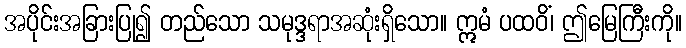
အပိုင်းအခြားပြု၍ တည်သော သမုဒ္ဒရာအဆုံးရှိသော။ ဣမံ ပထဝိံ၊ ဤမြေကြီးကို။